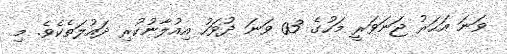
ވަނަ އަހަރު ޖަނަވަރީ މަހުގެ 03 ވަނަ ދުވަހު އިއުލާނުކުރި ދައުލަތެކެވެ. މި